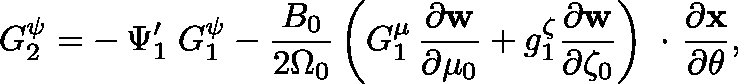
G _ { 2 } ^ { \psi } = - \, \Psi _ { 1 } ^ { \prime } \; G _ { 1 } ^ { \psi } - \frac { B _ { 0 } } { 2 \Omega _ { 0 } } \left( G _ { 1 } ^ { \mu } \, \frac { \partial \bf w } { \partial \mu _ { 0 } } + g _ { 1 } ^ { \zeta } \frac { \partial \bf w } { \partial \zeta _ { 0 } } \right) \mathrm { \boldmath ~ \cdot ~ } \frac { \partial \bf x } { \partial \theta } ,